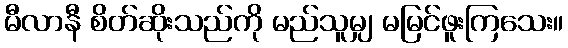
မီလာနီ စိတ်ဆိုးသည်ကို မည်သူမျှ မမြင်ဖူးကြသေး။